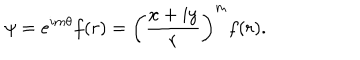
\psi = e ^ { i m \theta } f ( r ) = \left( \frac { x + i y } { r } \right) ^ { m } f ( r ) .